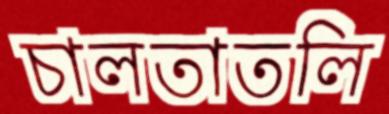
চালতাতলি